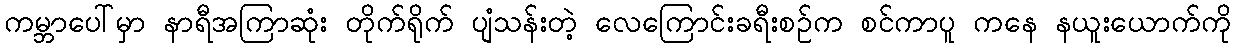
ကမ္ဘာပေါ်မှာ နာရီအကြာဆုံး တိုက်ရိုက် ပျံသန်းတဲ့ လေကြောင်းခရီးစဉ်က စင်ကာပူ ကနေ နယူးယောက်ကို